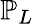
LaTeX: \mathbb{P}_{L}